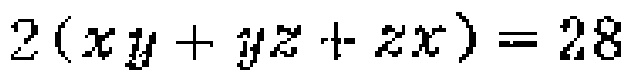
\(2(xy + yz + zx)=28\)